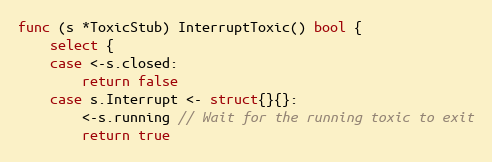
Language: Go
func (s *ToxicStub) InterruptToxic() bool {
	select {
	case <-s.closed:
		return false
	case s.Interrupt <- struct{}{}:
		<-s.running // Wait for the running toxic to exit
		return true